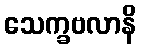
သေက္ခဗလာနိ